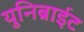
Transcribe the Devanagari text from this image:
युनिब्राईट